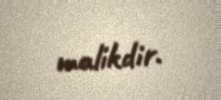
malikdir.